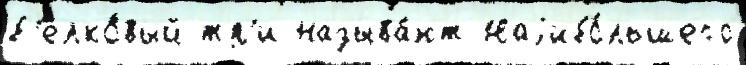
б'елко́вый тр'и называ́ют Наjибо́льшего